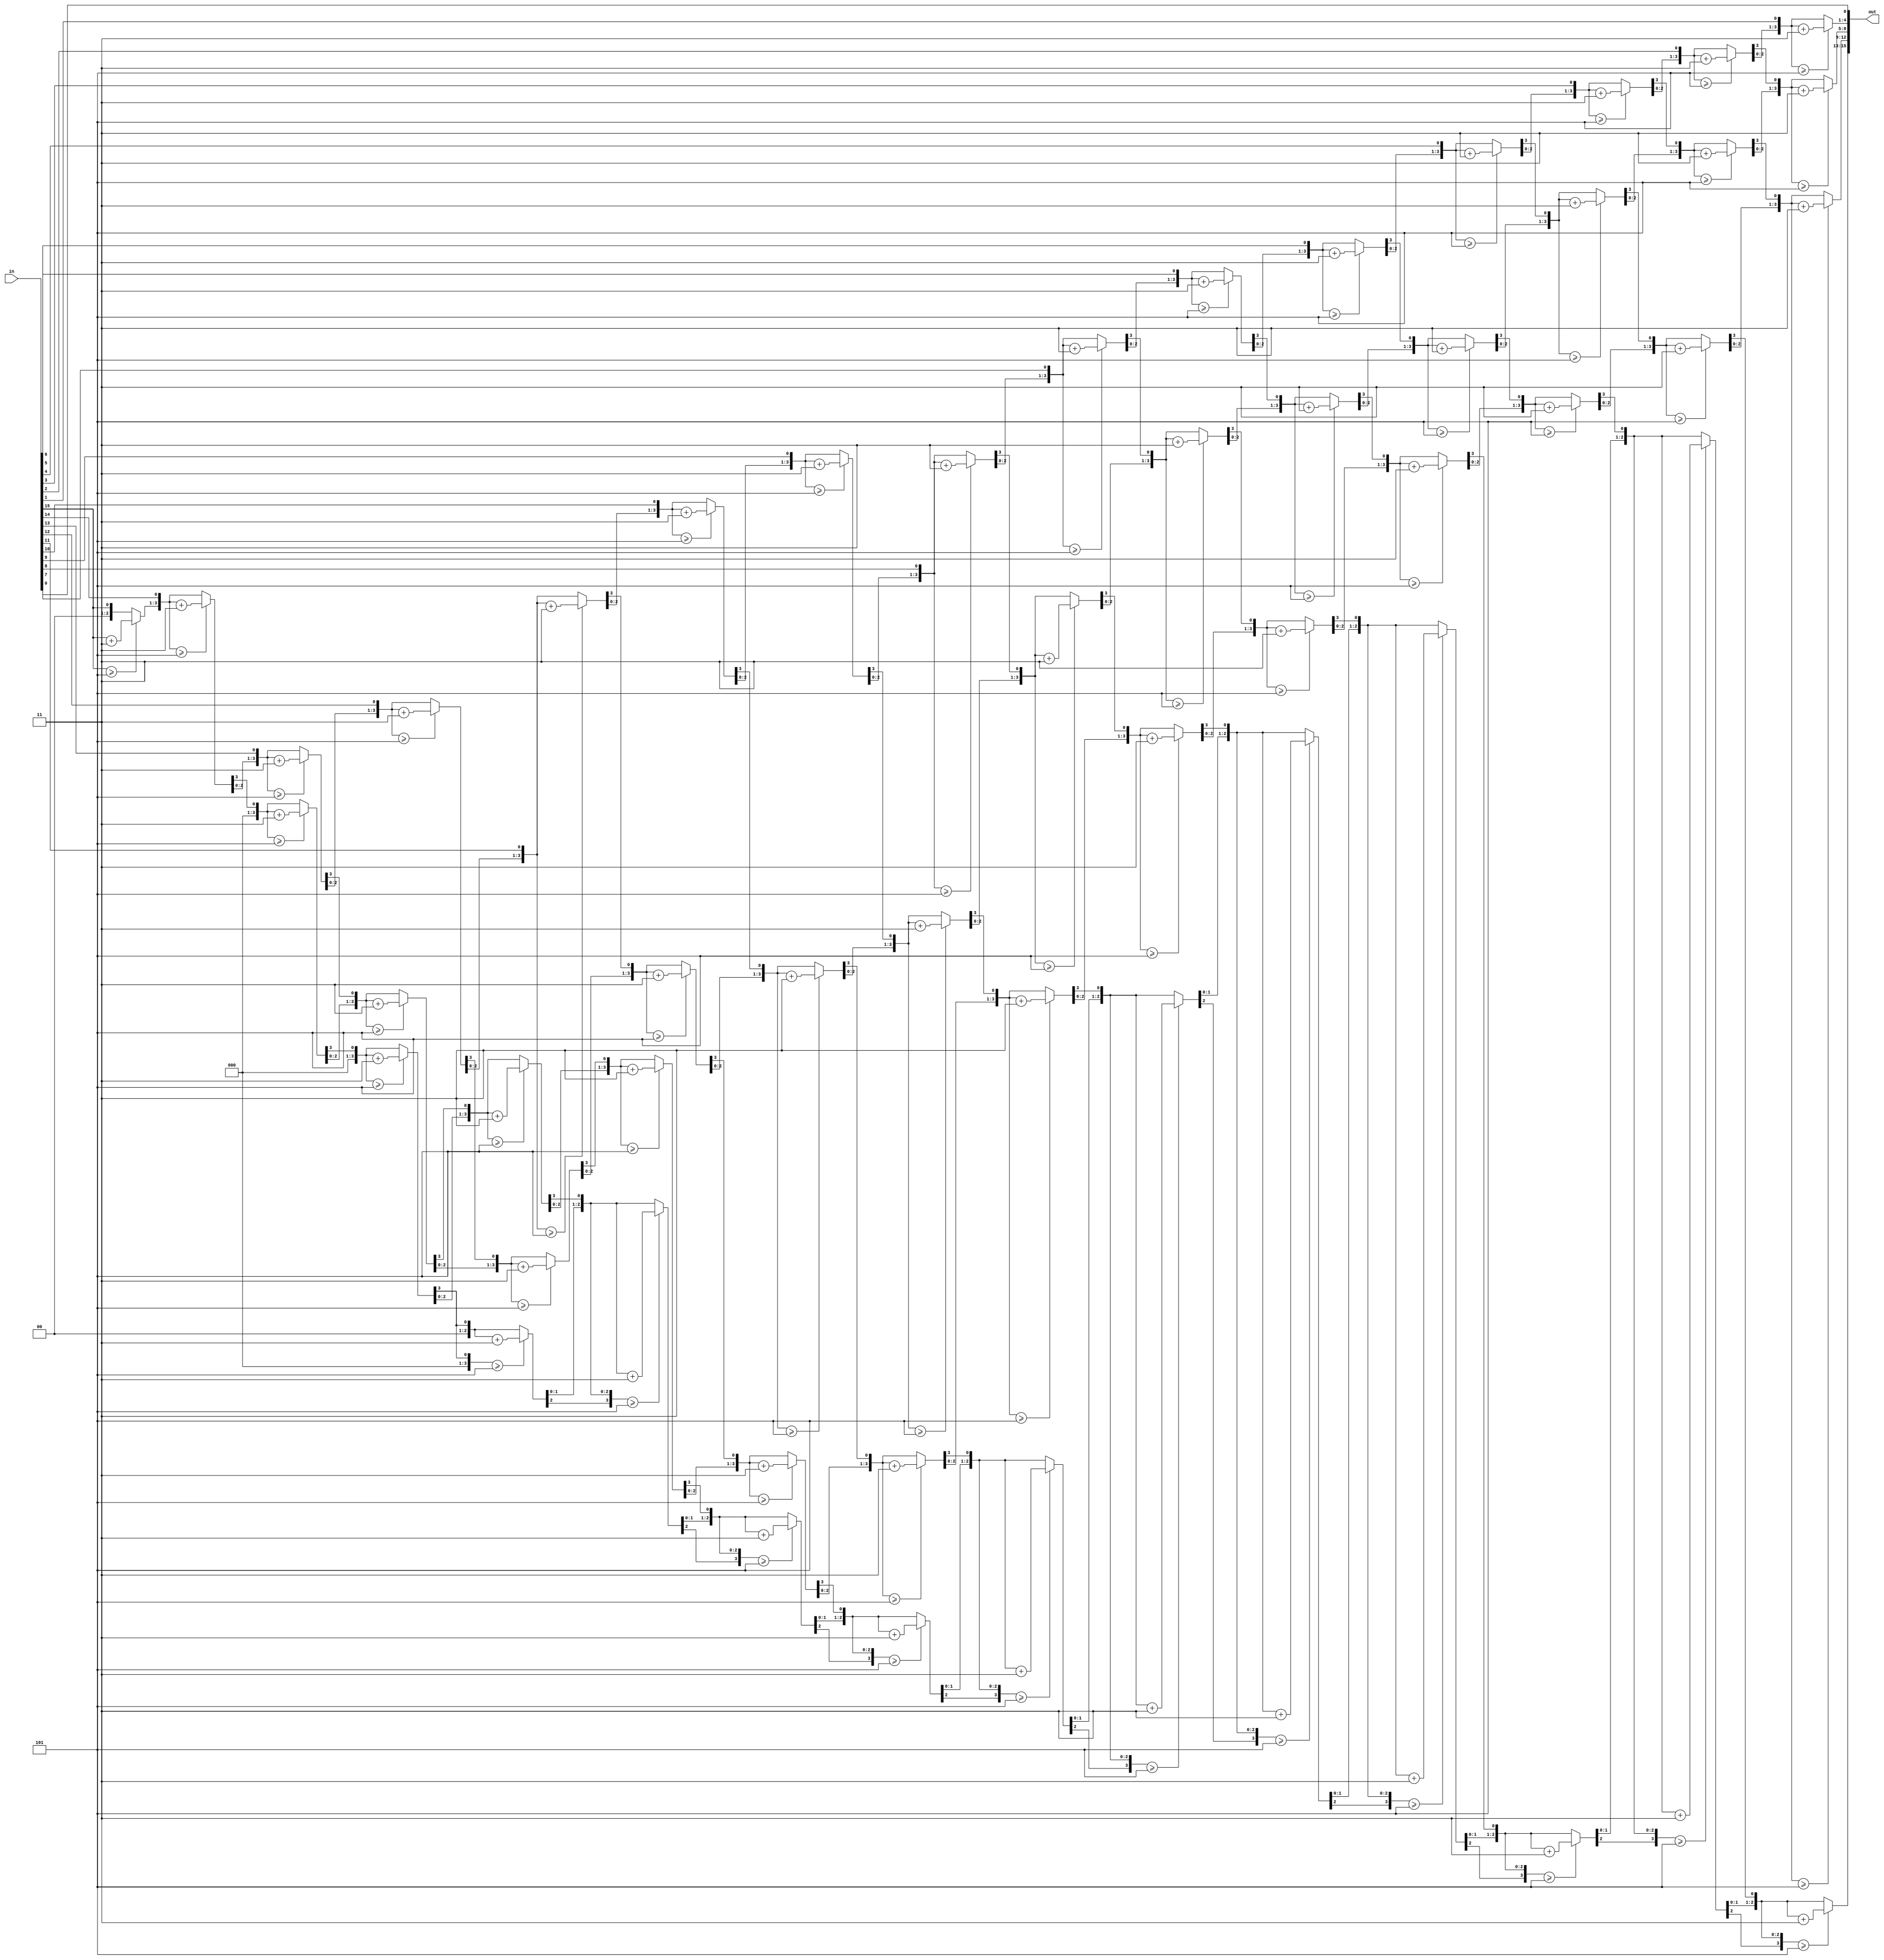
`timescale 1ns / 1ps
 module convert_to_bcd(
    input wire [15:0] in,
    output wire [15:0] out
    );

    reg [15:0] tmp=16'b0;
    
    assign out = tmp;
    integer i;
    always @(in) begin
        tmp = 0;

        for (i=15; i>=0; i=i-1) begin
            if (tmp[15:12] >= 5) tmp[15:12] = tmp[15:12]+3;
            if (tmp[11:8] >= 5) tmp[11:8] = tmp[11:8]+3;
            if (tmp[7:4] >= 5) tmp[7:4] = tmp[7:4]+3;
            if (tmp[3:0] >= 5) tmp[3:0] = tmp[3:0]+3;

            tmp = tmp << 1;
            tmp[0] = in[i];
        end
    end
endmodule